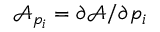
\mathcal { A } _ { p _ { i } } = \partial \mathcal { A } / \partial { p _ { i } }